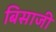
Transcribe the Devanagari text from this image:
बिसाजी